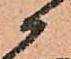
候